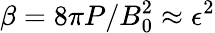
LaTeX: \beta=8\pi P/B_{0}^{2}\approx\epsilon^{2}